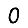
Digit: 0